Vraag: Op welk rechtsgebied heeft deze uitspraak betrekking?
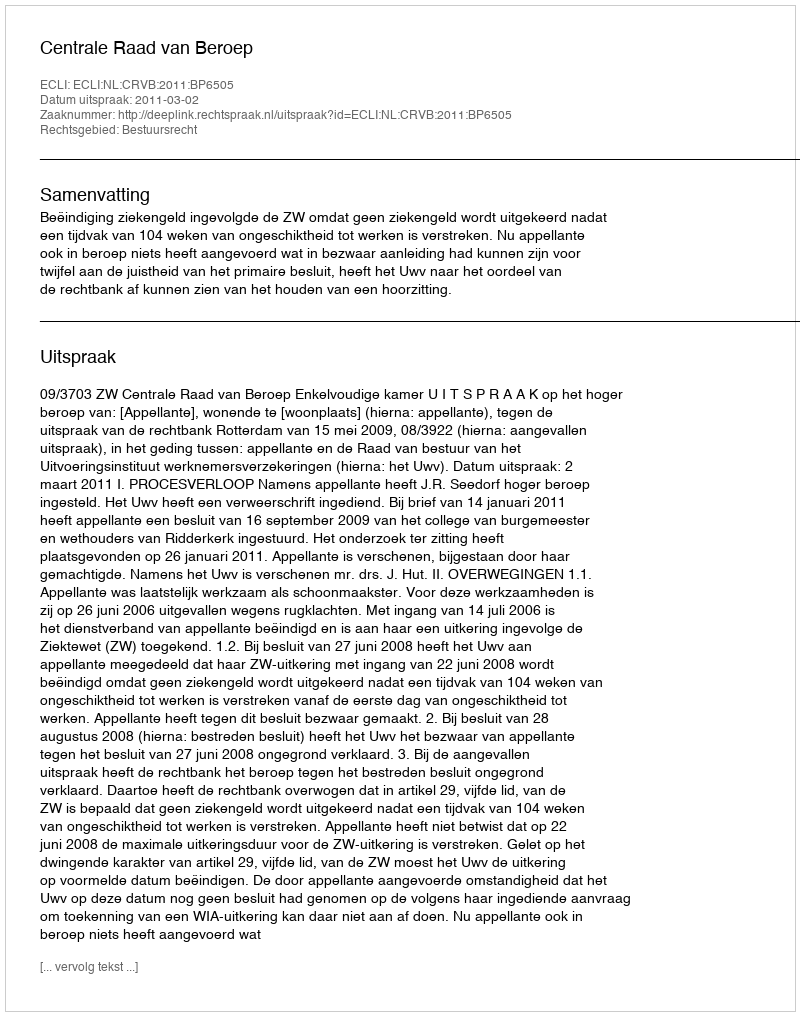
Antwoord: Bestuursrecht